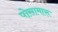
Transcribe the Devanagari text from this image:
पोसामारू